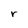
Character: r